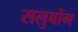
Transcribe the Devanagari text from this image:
सलुबोंग